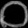
Digit: ၀